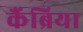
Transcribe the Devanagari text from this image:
कैंब्रिया